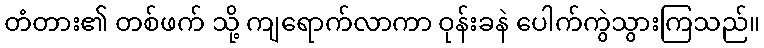
တံတား၏ တစ်ဖက် သို့ ကျရောက်လာကာ ဝုန်းခနဲ ပေါက်ကွဲသွားကြသည်။